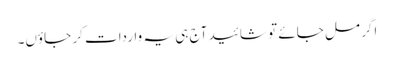
اگر مل جائے تو شائید آج ہی یہ واردات کر جاؤں۔